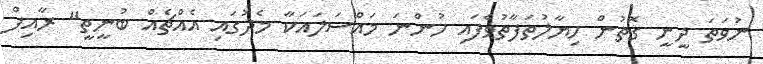
ނުވަތަ ދީނީ ގޮތުން ހިޔާލުތަފާތުވެފައި ހުންނަ މައްސަލައަކާ މެދުގައި އެއްޗެއް ބުނީތީ" ރާއިފް